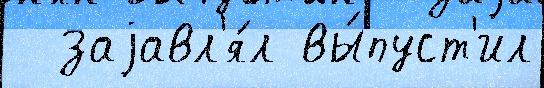
  заjавл'я́л вы́пуст'ил